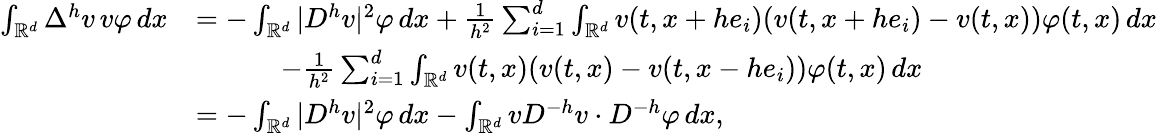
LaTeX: \begin{array}{rl}{\int_{{\mathbb{R}}^{d}}\Delta^{h}v\, v\varphi\, dx}&{=-\int_{{\mathbb{R}}^{d}}|D^{h}v|^{2}\varphi\, dx+\frac{1}{h^{2}}\sum_{i=1}^{d}\int_{{\mathbb{R}}^{d}}v(t,x+he_{i})(v(t,x+he_{i})-v(t,x))\varphi(t,x)\, dx}\\ &{\qquad\quad-\frac{1}{h^{2}}\sum_{i=1}^{d}\int_{{\mathbb{R}}^{d}}v(t,x)(v(t,x)-v(t,x-he_{i}))\varphi(t,x)\, dx}\\ &{=-\int_{{\mathbb{R}}^{d}}|D^{h}v|^{2}\varphi\, dx-\int_{{\mathbb{R}}^{d}}vD^{-h}v\cdot D^{-h}\varphi\, dx,}\end{array}